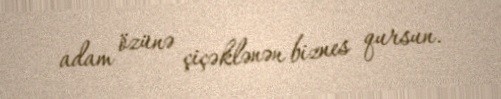
adam özünə çiçəklənən biznes qursun.